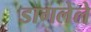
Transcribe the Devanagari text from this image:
डागलेले